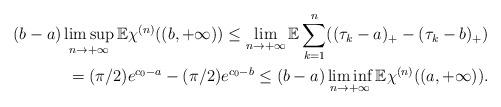
LaTeX: \begin{align*}(b-a)\limsup_{n\to+\infty}\mathbb{E}\chi^{(n)}((b,+\infty))\leq\lim_{n\to+\infty}\mathbb{E}\sum_{k=1}^n((\tau_k-a)_+-(\tau_k-b)_+)\\=(\pi/2)e^{c_0-a}-(\pi/2)e^{c_0-b}\leq(b-a)\liminf_{n\to+\infty}\mathbb{E}\chi^{(n)}((a,+\infty)).\end{align*}